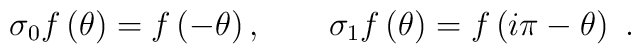
\sigma _{0}f\left( \theta \right) =f\left( -\theta \right) ,\qquad \sigma_{1}f\left( \theta \right) =f\left( i\pi -\theta \right) ~.